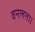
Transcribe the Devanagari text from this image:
वनलता।